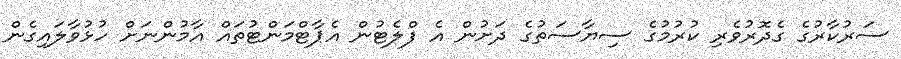
ސަރުކާރުގެ ގެދޮރުވެރި ކުރުމުގެ ސިޔާސަތުގެ ދަށުން އެ ފްލެޓުން އެޕާޓްމަންޓުތައް އާމުންނަށް ހުޅުވާލައިގެން